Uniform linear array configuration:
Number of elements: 24
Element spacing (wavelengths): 0.5
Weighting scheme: hamming
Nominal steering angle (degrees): -30
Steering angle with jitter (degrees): -30.707
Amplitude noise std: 0.05
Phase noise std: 0.05

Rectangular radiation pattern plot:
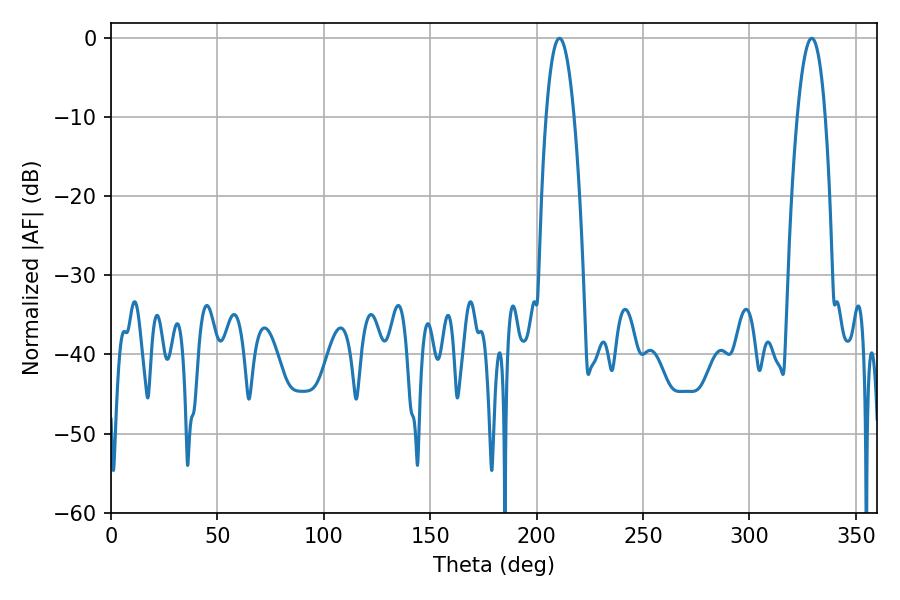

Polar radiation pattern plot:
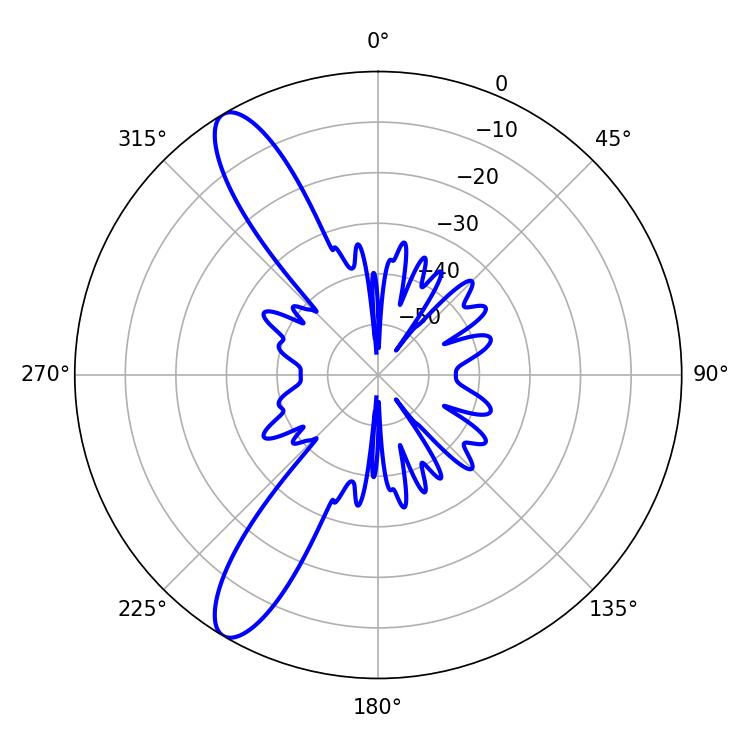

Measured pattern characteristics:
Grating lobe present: FALSE
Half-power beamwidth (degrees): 7.2
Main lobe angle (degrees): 210.78